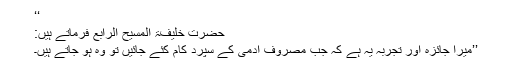
‘‘
حضرت خلیفۃ المسیح الرابعؒ فرماتے ہیں:
’’میرا جائزہ اور تجربہ یہ ہے کہ جب مصروف آدمی کے سپرد کام کئے جائیں تو وہ ہو جاتے ہیں۔